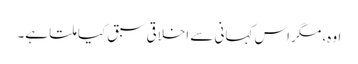
اوہ، مگر اس کہانی سے اخلاقی سبق کیا ملتا ہے۔